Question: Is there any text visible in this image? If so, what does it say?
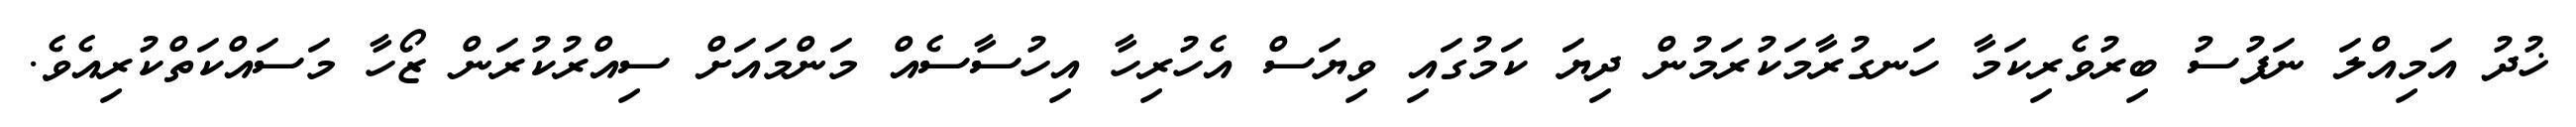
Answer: ޚުދު އަމިއްލަ ނަފުސު ބިރުވެރިކަމާ ހަނގުރާމަކުރަމުން ދިޔަ ކަމުގައި ވިޔަސް އެހުރިހާ އިހުސާސެއް މަންމައަށް ސިއްރުކުރަން ޒޯހާ މަސައްކަތްކުރިއެވެ.